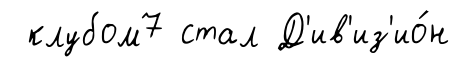
клубом7 стал Д'ив'из'ио́н